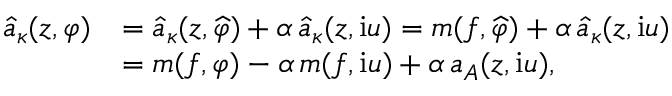
\begin{array} { r l } { \hat { a } _ { \kappa } ( z , \varphi ) } & { = \hat { a } _ { \kappa } ( z , \widehat { \varphi } ) + \alpha \, \hat { a } _ { \kappa } ( z , \mathrm { i } u ) = m ( f , \widehat { \varphi } ) + \alpha \, \hat { a } _ { \kappa } ( z , \mathrm { i } u ) } \\ & { = m ( f , \varphi ) - \alpha \, m ( f , \mathrm { i } u ) + \alpha \, a _ { A } ( z , \mathrm { i } u ) , } \end{array}